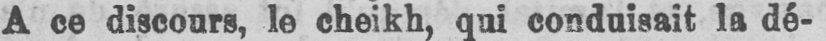
A ce discours, le cheikh, qui conduisait la dé-